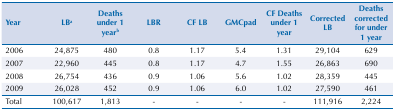
| Year | LBa | Deaths under 1 yearb | LBR | CF LB | GMCpad | CF Deaths under 1 year | Corrected LB | Deaths corrected for under 1 year |
 | --- | --- | --- | --- | --- | --- | --- | --- | --- |
 | 2006 | 24,875 | 480 | 0.8 | 1.17 | 5.4 | 1.31 | 29,104 | 629 |
 | 2007 | 22,960 | 445 | 0.8 | 1.17 | 4.7 | 1.55 | 26,863 | 690 |
 | 2008 | 26,754 | 436 | 0.9 | 1.06 | 5.6 | 1.02 | 28,359 | 445 |
 | 2009 | 26,028 | 452 | 0.9 | 1.06 | 6.0 | 1.02 | 27,590 | 461 |
 | Total | 100,617 | 1,813 | - | - | - | - | 111,916 | 2,224 |